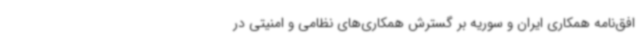
افق‌نامه همکاری ایران و سوریه بر گسترش همکاری‌های نظامی و امنیتی در